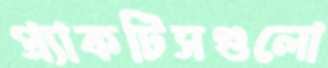
প্র্যাকটিসগুলো